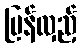
ပြန်လှည့်